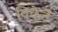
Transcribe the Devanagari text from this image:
विकेटें